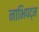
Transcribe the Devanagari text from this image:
नाभिपद्म